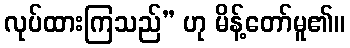
လုပ်ထားကြသည်” ဟု မိန့်တော်မူ၏။